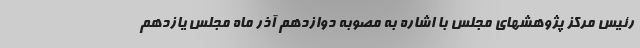
رئیس مرکز پژوهشهای مجلس با اشاره به مصوبه دوازدهم آذر ماه مجلس یازدهم